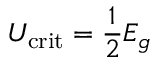
U _ { \mathrm { c r i t } } = \frac { 1 } { 2 } E _ { g }